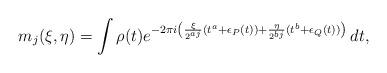
LaTeX: \begin{align*} m_j(\xi,\eta)=\int \rho(t)e^{-2\pi i\left(\frac{\xi}{2^{aj}}(t^a+\epsilon_P(t))+\frac{\eta}{2^{bj}}(t^b+\epsilon_Q(t))\right)}\, dt,\end{align*}